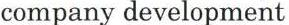
company development